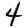
Digit: 4